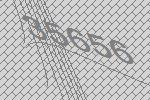
35656